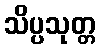
သိပ္ပသုတ္တ